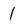
Character: 1